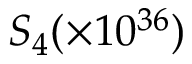
S _ { 4 } ( \times 1 0 ^ { 3 6 } )